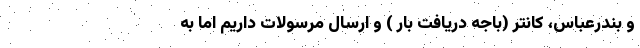
و بندرعباس، کانتر (باجه دریافت بار ) و ارسال مرسولات داریم اما به